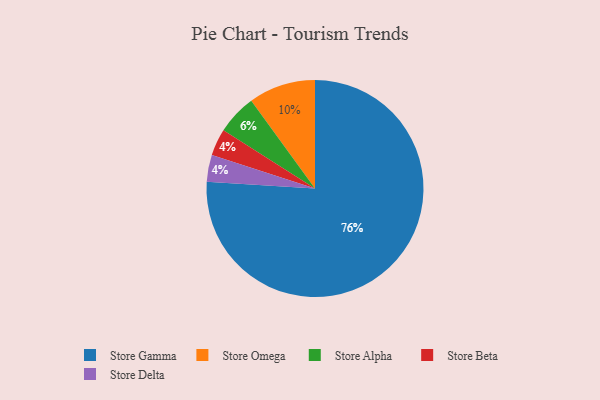
{"axis": {"x": "Category", "y": "Percentage"}, "legend": ["Store Alpha", "Store Beta", "Store Delta", "Store Gamma", "Store Omega"], "data": [{"x": "Store Beta", "y": 4, "type": "Store Beta"}, {"x": "Store Delta", "y": 4, "type": "Store Delta"}, {"x": "Store Gamma", "y": 76, "type": "Store Gamma"}, {"x": "Store Omega", "y": 10, "type": "Store Omega"}, {"x": "Store Alpha", "y": 6, "type": "Store Alpha"}]}